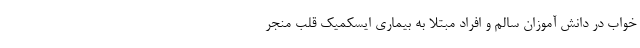
خواب در دانش آموزان سالم و افراد مبتلا به بیماری ایسکمیک قلب منجر